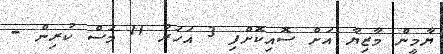
ޔާމީން މާޒިޔާ އަށް ސޮއިކޮށްފި 3 އަހަރު 11 މަސް ކުރިން -